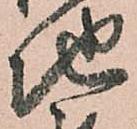
地